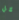
كل